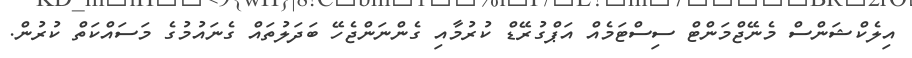
އިލެކްޝަންސް މެނޭޖްމަންޓް ސިސްޓަމެއް އަޕްގުރޭޑް ކުރުމާއި ގެންނަންޖެހޭ ބަދަލުތައް ގެނައުމުގެ މަސައްކަތް ކުރުން.